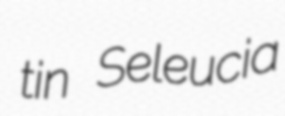
tin Seleucia